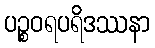
ပဉ္စဝရပရိဒဿနာ